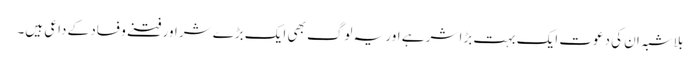
بلاشبہ ان کی دعوت ایک بہت بڑا شر ہے اور یہ لوگ بھی ایک بڑے شر اور فتنے و فساد کے داعی ہیں۔